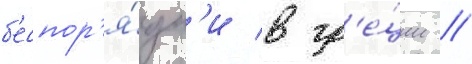
б'еспор'я́дк'и в гр'е́ции //